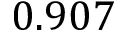
0 . 9 0 7